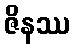
ဇိနဿ